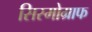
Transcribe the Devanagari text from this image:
सिस्मोग्राफ